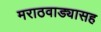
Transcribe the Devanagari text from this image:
मराठवाड्यासह